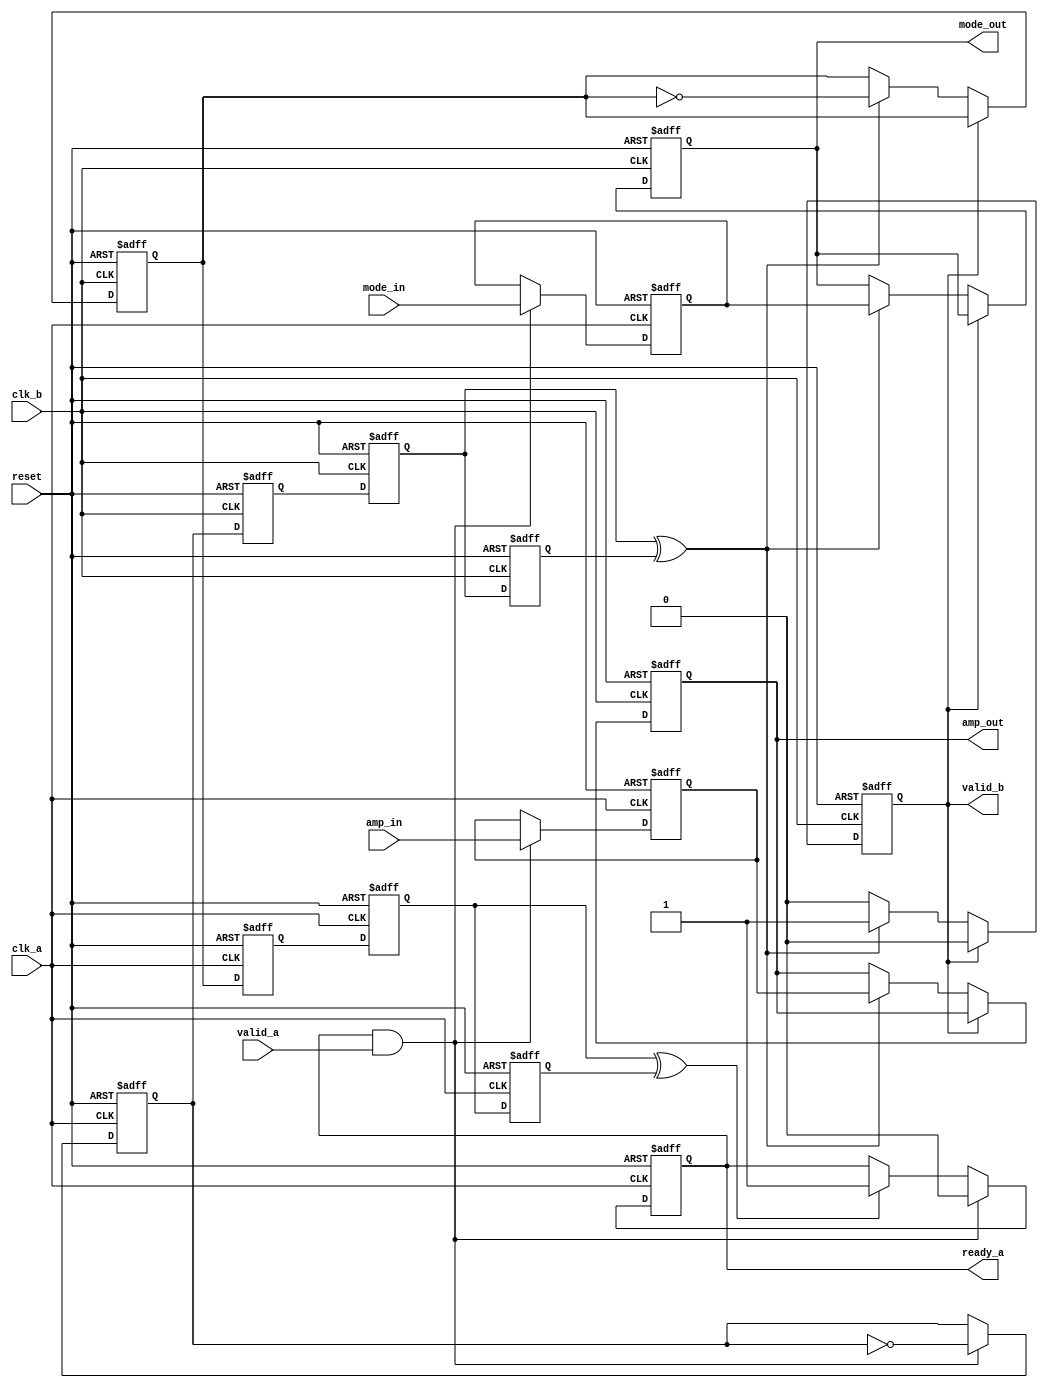
module cdc_handshake
(
	input				reset,
	input				clk_a,
	input		[10:0] 	amp_in,
	input				mode_in,
	input				valid_a,
	output	reg			ready_a,

	input				clk_b,
	output	reg	[10:0]	amp_out,
	output	reg			mode_out,
	output	reg			valid_b
);

	reg 				valid_cdc;
	reg	[10:0]			amp_temp;
	reg                            mode_temp;

	reg	valid_cdc_r,valid_cdc_2r,valid_cdc_3r;
	reg	response,response_r,response_2r,response_3r;

	wire valid_cdc_b = valid_cdc_2r ^ valid_cdc_3r;
	wire response_a = response_2r ^ response_3r;

	always@(posedge clk_a or posedge reset)
	begin
		if(reset) begin
			valid_cdc <= 1'b0;
			amp_temp  <= 11'b00111111111;
			mode_temp <= 1'b0;
		end
		else if(ready_a & valid_a) begin
			valid_cdc <= ~valid_cdc;
			mode_temp <= mode_in;
			amp_temp <= amp_in;
		end
	end

	always@(posedge clk_a or posedge reset)
	begin
		if(reset) begin
			ready_a <= 1'b1;
		end
		else if(ready_a & valid_a) begin
			ready_a <= 1'b0;
		end
		else if(response_a)
			ready_a <= 1'b1;
	end
	

	always@(posedge clk_b or posedge reset)
	begin
		if(reset) begin
			valid_cdc_r  <= 1'b0	;
			valid_cdc_2r <= 1'b0	;
			valid_cdc_3r <= 1'b0	;
		end
		else begin
			valid_cdc_r  <= valid_cdc;
			valid_cdc_2r <= valid_cdc_r;
			valid_cdc_3r <= valid_cdc_2r;
		end
	end

	always@(posedge clk_a or posedge reset)
	begin
		if(reset) begin
			response_r  <= 1'b0	;
			response_2r <= 1'b0	;
			response_3r <= 1'b0	;
		end
		else begin
			response_r  <= response;
			response_2r <= response_r;
			response_3r <= response_2r;
		end
	end

	always@(posedge clk_b or posedge reset)
	begin
		if(reset) begin
			amp_out <= 11'b00111111111;
			mode_out <= 1'b0;
			valid_b <= 1'b0;
			response <= 1'b0;
		end
		else if(valid_b)
			valid_b <= 1'b0;
		else if(valid_cdc_b) begin
			amp_out <= amp_temp;
			mode_out <= mode_temp;
			valid_b <= 1'b1;
			response <= ~response;
		end
	end



endmodule